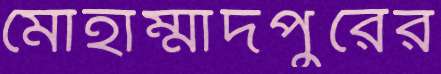
মোহাম্মাদপুরের